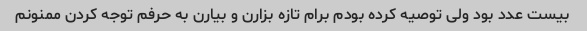
بیست عدد بود ولی توصیه کرده بودم برام تازه بزارن و بیارن به حرفم توجه کردن ممنونم